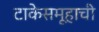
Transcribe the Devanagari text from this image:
टाकेसमूहाची